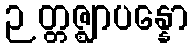
ဉတ္တဇ္ဈာပန္နော